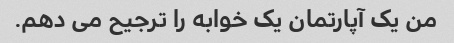
من یک آپارتمان یک خوابه را ترجیح می دهم.